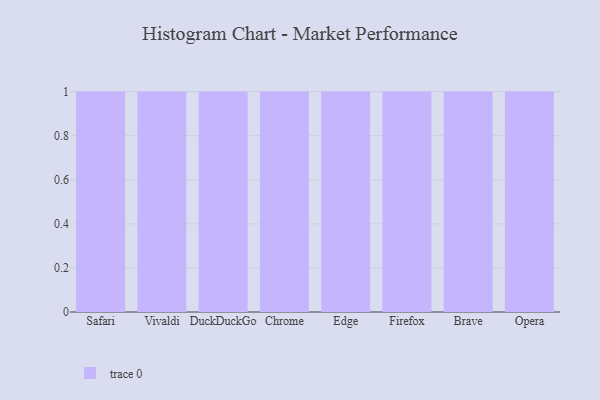
{"axis": {"x": "Browser", "y": "Churn Rate (%)"}, "legend": [""], "data": [{"x": "Safari", "y": 64, "type": ""}, {"x": "Vivaldi", "y": 86, "type": ""}, {"x": "DuckDuckGo", "y": 14, "type": ""}, {"x": "Chrome", "y": 73, "type": ""}, {"x": "Edge", "y": 25, "type": ""}, {"x": "Firefox", "y": 32, "type": ""}, {"x": "Brave", "y": 74, "type": ""}, {"x": "Opera", "y": 71, "type": ""}]}